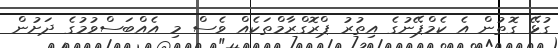
ގުޅޭ ގޮތުން އެ ކެމްޕޭނުގެ އިތުރު ޕްރޮގްރާމްތަކެއް ވެސް މި އެއްބަސްވުމުގެ ދަށުން